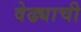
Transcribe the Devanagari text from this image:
वेढ्याची